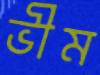
ভীম